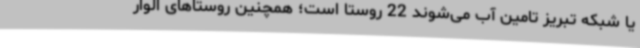
یا شبکه تبریز تامین آب می‌شوند 22 روستا است؛ همچنین روستاهای الوار